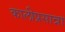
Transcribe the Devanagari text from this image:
कालीप्रसान्ना